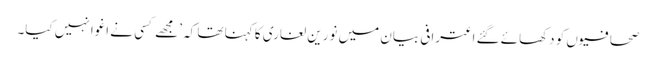
صحافیوں کو دکھائے گئے اعترافی بیان میں نورین لغاری کا کہنا تھا کہ ’مجھے کسی نے اغوا نہیں کیا۔